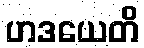
ဟဒယေတိ